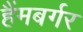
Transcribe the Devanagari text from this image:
हैंमबर्गर